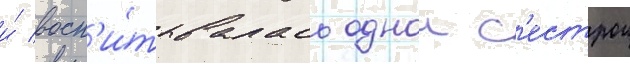
и́ восп'и́тывалась однои с'естрои